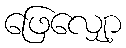
ဖြေလျှော့